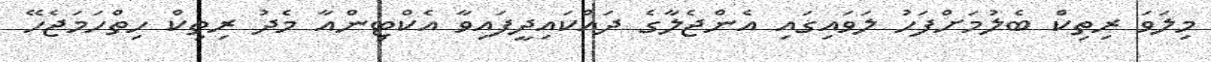
މިލަވަ ރިތިކް ބެލުމަށްފަހު ލަވައިގައި އެންޖެލާގެ ދައްކައިދީފައިވާ އެކްޓިންއާ މެދު ރިތިކް ހިތްހަމަޖެހޭ